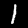
Digit: 1